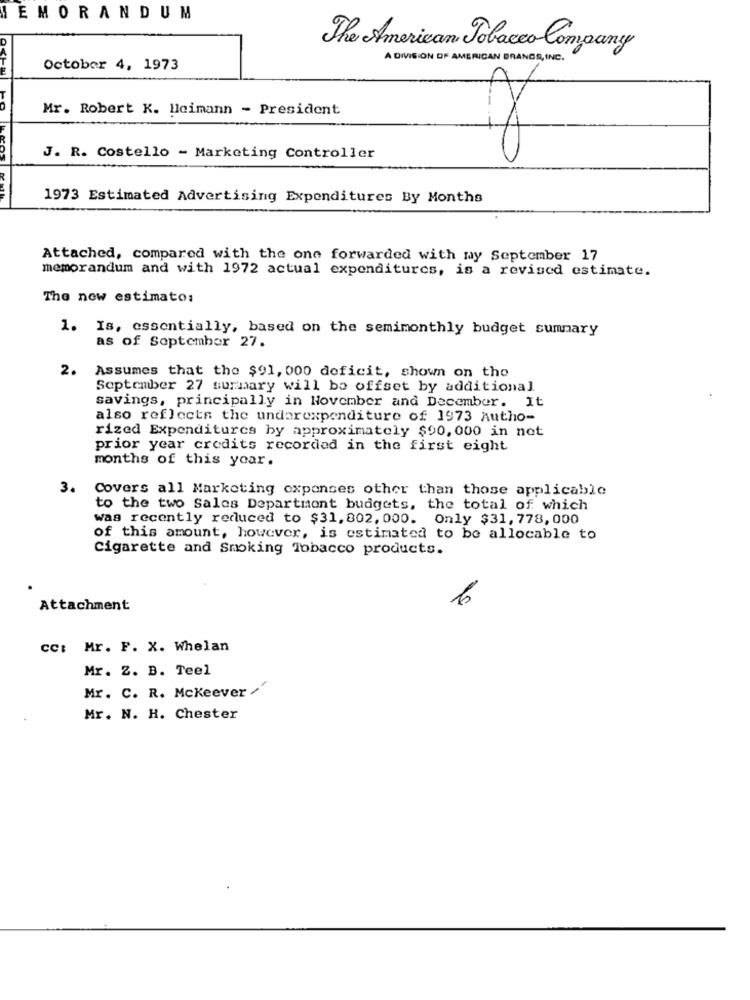
EMORANDUM
The American Tobacco Company
A DIVISION OF AMERICAN BRANDS , INC .
October 4, 1973
Mr. Robert K. Heimann - President
LEOS
J. R. Costello - Marketing Controller
1973 Estimated Advertising Expenditures By Months
Attached, compared with the one forwarded with my September 17
memorandum and with 1972 actual expenditures, is a revised estimate.
The new estimato:
1. Is, essentially, based on the semimonthly budget summary
as of September 27.
2.
Assumes that the $91, 000 deficit, shown on the
September 27 summary will be offset by additional
savings, principally in November and December. It
also reflects the undarexpenditure of 1973 Autho-
rized Expenditures by approximately $90, 000 in not
prior year credits recorded in the first eight
months of this year.
3.
Covers all Marketing expenses other than those applicable
to the two Sales Department budgets, the total of which
was recently reduced to $31, 802, 000. Only $31, 778, 000
of this amount, however, is estimated to be allocable to
Cigarette and Smoking Tobacco products.
Attachment
cc: Mr. F. X. Whelan
Mr. Z. B. Teel
Mr. C. R. Mckeever /'
Mr. N. H. Chester